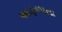
અફળાતા